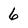
Character: 6